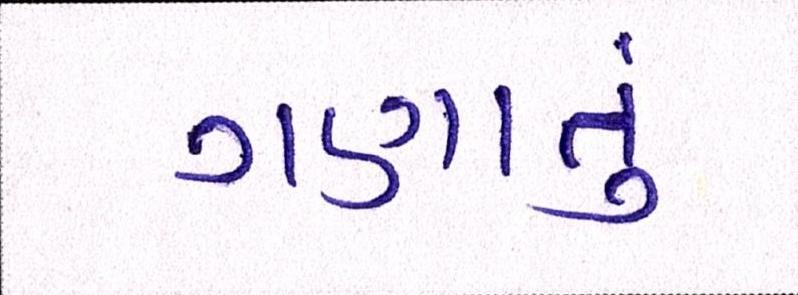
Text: ગણાતું